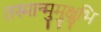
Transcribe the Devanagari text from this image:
तस्मान्मुमुक्षुभि